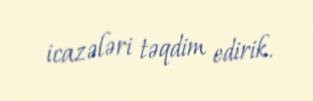
icazələri təqdim edirik.